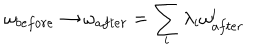
LaTeX: \omega _ { b e f o r e } \rightarrow \omega _ { a f t e r } = \sum _ { i } \lambda _ { i } \omega _ { a f t e r } ^ { i }